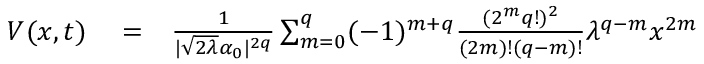
\begin{array} { r l r } { V ( x , t ) } & { { } = } & { \frac { 1 } { | \sqrt { 2 \lambda } \alpha _ { 0 } | ^ { 2 q } } \sum _ { m = 0 } ^ { q } ( - 1 ) ^ { m + q } \frac { ( 2 ^ { m } q ! ) ^ { 2 } } { ( 2 m ) ! ( q - m ) ! } \lambda ^ { q - m } x ^ { 2 m } } \end{array}